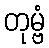
တုမ္ဗံ